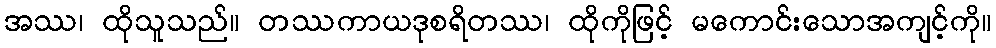
အဿ၊ ထိုသူသည်။ တဿကာယဒုစရိတဿ၊ ထိုကိုဖြင့် မကောင်းသောအကျင့်ကို။